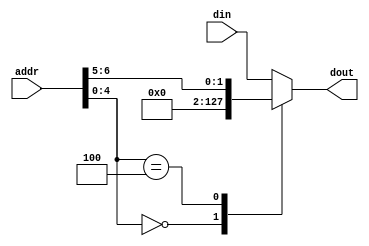
`timescale 1ns / 1ps
//////////////////////////////////////////////////////////////////////////////////
// Company: 
// Engineer: 
// 
// Design Name: 
// Module Name:    special_reg_mux 
// Project Name: 
// Target Devices: 
// Tool versions: 
// Description: 
//
// Dependencies: 
//
// Revision: 
// Revision 0.01 - File Created
// Additional Comments: 
//
//////////////////////////////////////////////////////////////////////////////////
module special_reg_mux(
		input		[6:0]		addr,
		input		[63:0]	din,
		output	[63:0]	dout
    );
	 
	 localparam ZERO = 5'd0;
	 localparam TP = 5'd4;
	 
	 reg [63:0] out;
	 assign dout = out;
	 
	 always @(*)
	 begin
		case (addr[4:0])
			ZERO: begin
				out = 64'd0;
			end
			TP: begin
				out = {62'd0, addr[6:5]};
			end
			default: begin
				out = din;
			end
		endcase
	 end


endmodule